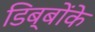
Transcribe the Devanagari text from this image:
डिब्बोंके